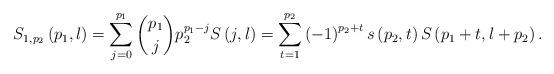
LaTeX: \begin{align*}S_{1,p_{2}}\left( p_{1},l\right) =\sum_{j=0}^{p_{1}}\binom{p_{1}}{j}p_{2}^{p_{1}-j}S\left( j,l\right) =\sum_{t=1}^{p_{2}}\left( -1\right)^{p_{2}+t}s\left( p_{2},t\right) S\left( p_{1}+t,l+p_{2}\right) .\end{align*}